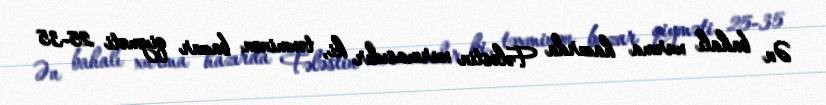
Ən bahalı xurma hazırda Fələstin xurmasıdır ki, təxminən bazar qiyməti 25-35